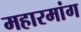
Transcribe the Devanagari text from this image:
महारमांग